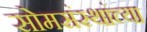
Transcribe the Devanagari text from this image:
सोमसंस्थांच्या